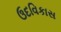
ઉદવિકાસ